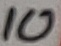
Text: 10